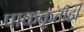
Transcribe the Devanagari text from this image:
पाककृतीही